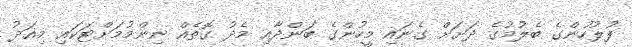
ފުލުހުންގެ ބެލުމުގެ ދަށަށް ގެނައި މީހުންގެ ބަންދާއި މެދު ގޮތެއް ނިންމުމަށްޓަކައި މިއަދު